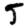
Digit: 5